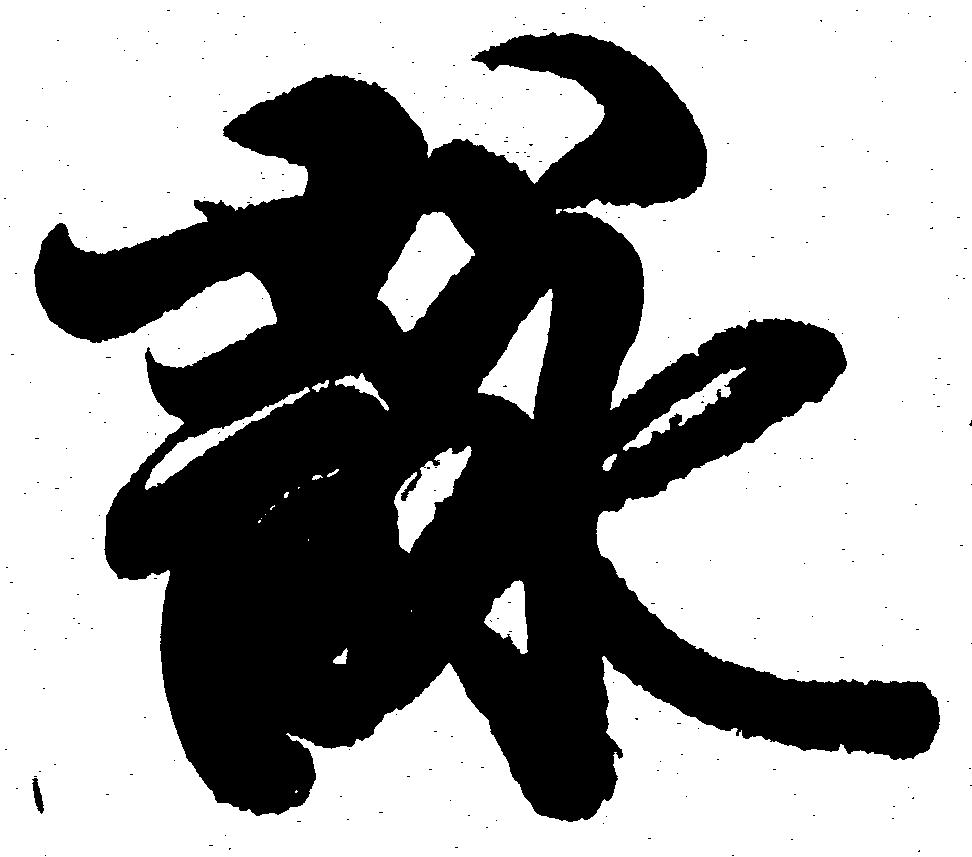
詠